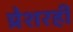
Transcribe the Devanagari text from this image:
प्रेशरही